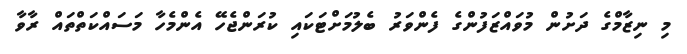
މި ނިޒާމްގެ ދަށުން މުވައްޒަފުންގެ ފެންވަރު ބެލުމަށްޓަކައި ކުރަންޖެހޭ އެންމެހާ މަސައްކަތްތައް ރާވާ